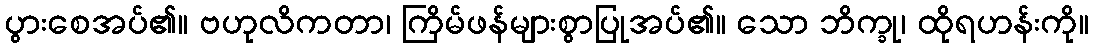
ပွားစေအပ်၏။ ဗဟုလိကတာ၊ ကြိမ်ဖန်များစွာပြုအပ်၏။ သော ဘိက္ခု၊ ထိုရဟန်းကို။